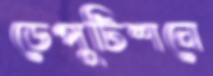
ডেপুটিশনে